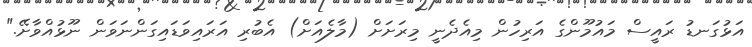
އަޅުގަނޑު ރައީސް މައުމޫންގެ އަރިހުން މިއެދެނީ މިރަށަށް (މާލެއަށް) އެބުރި އަރައިވަޑައިގަންނަވަން ނޫޅުއްވާށޭ."